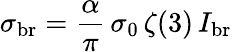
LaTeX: \sigma_{\mathrm{br}}={\frac{\alpha}{\pi}}\, \sigma_{0}\, \zeta(3)\, I_{\mathrm{br}}